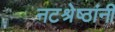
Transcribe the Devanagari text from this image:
नटश्रेष्ठांनी